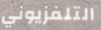
التلفزيوني